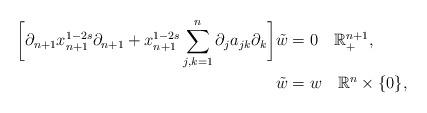
LaTeX: \begin{align*}\bigg[\partial_{n+1}x_{n+1}^{1-2s}\partial_{n+1}+x_{n+1}^{1-2s}\sum_{j,k=1}^{n}\partial_{j}a_{jk}\partial_{k}\bigg]\tilde{w} & =0\quad\mathbb{R}_{+}^{n+1},\\\tilde{w} & =w\quad\mathbb{R}^{n}\times\{0\},\end{align*}